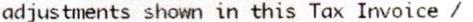
ADJUSTMENTS SHOWN IN THIS TAX INVOICE /